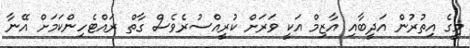
މީގެ އިތުރުން އަދީބާއި އާޒިމް އަކީ ވަރަށް ކުރީއްސުރެވެސް ގާތް ރައްޓެހިންކަމަށް އޭނާ